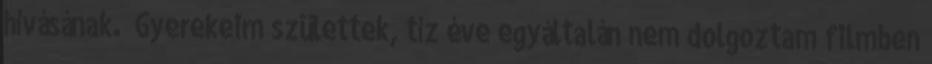
hívásának. „Gyerekeim születtek, tíz éve egyáltalán nem dolgoztam filmben